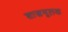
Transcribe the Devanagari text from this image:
शास्त्रमूलक